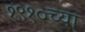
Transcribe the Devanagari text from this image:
१९१०च्या